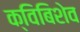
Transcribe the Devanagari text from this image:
क्विबिशेव